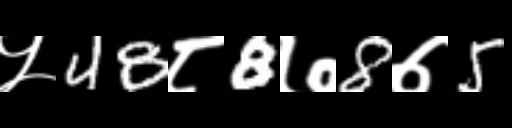
Text: ५48८8७8७5